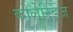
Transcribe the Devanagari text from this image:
कोलेरिड्ज